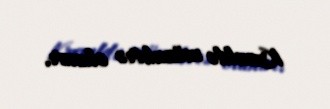
Kremldə müzakirə olunur.